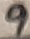
Text: 9